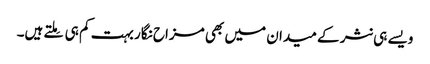
ویسے ہی نثر کے میدان میں بھی مزاح نگار بہت کم ہی مِلتے ہیں۔